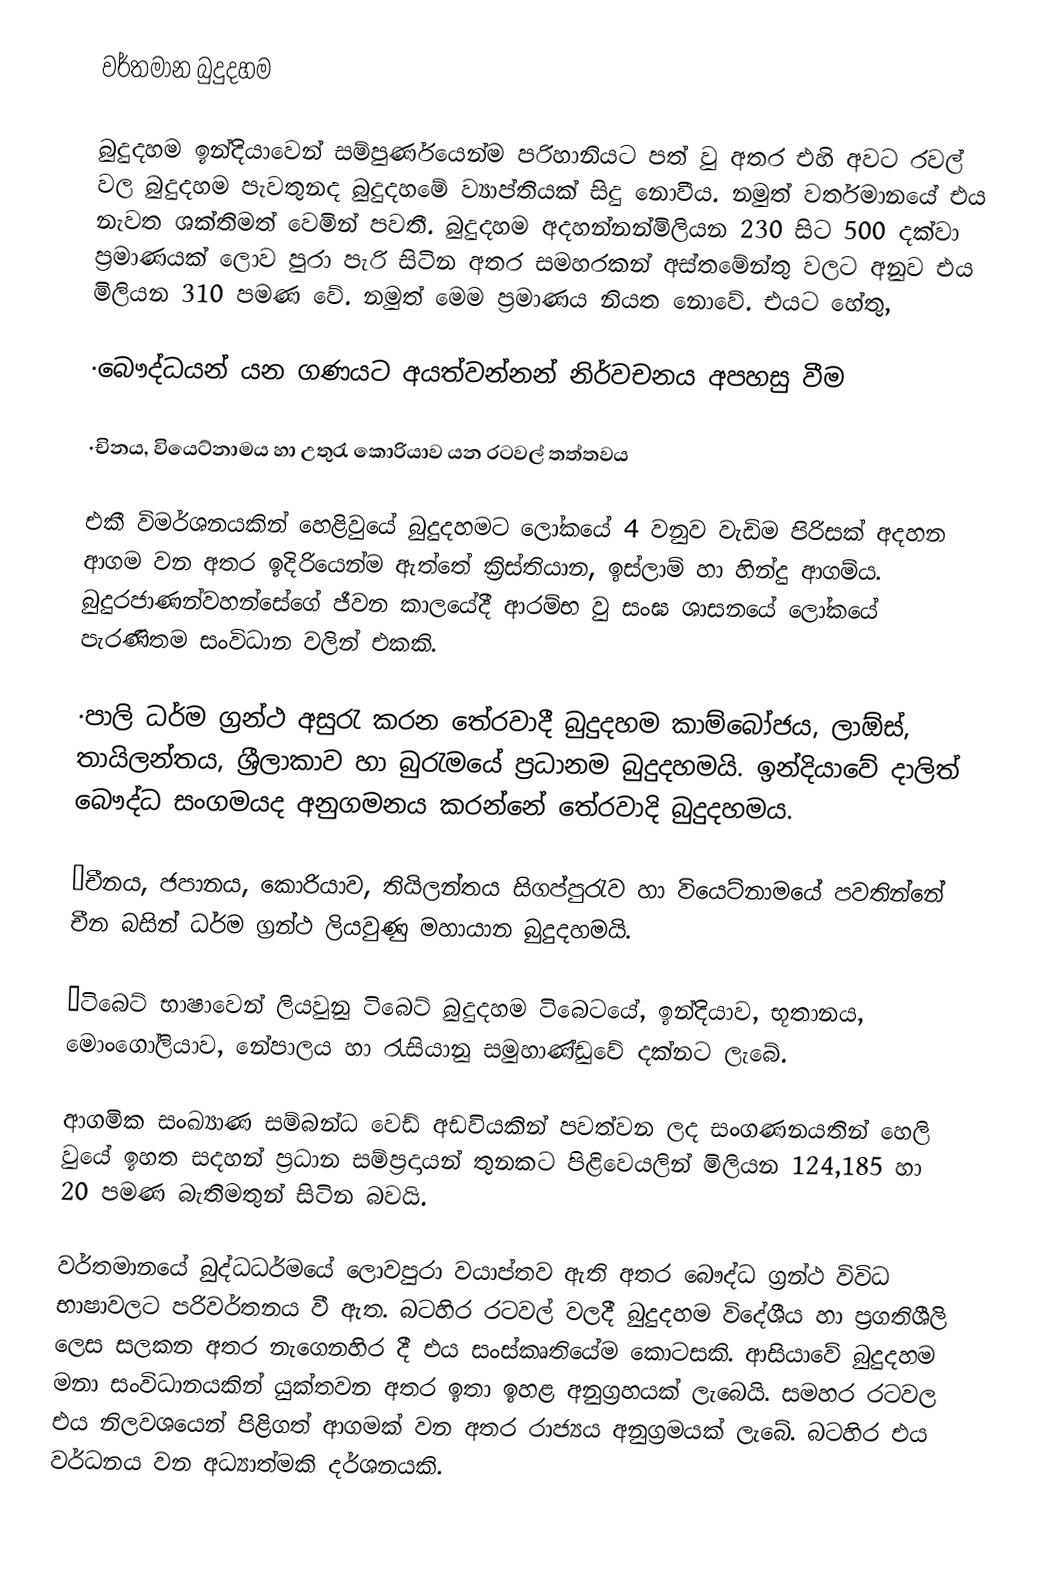
වර්තමාන බුදුදහම

බුදුදහම ඉන්දියාවෙන් සම්පුර්ණයෙන්ම පරිහානියට පත් වු අතර එහි අවට රවල් වල බුදුදහම පැවතුනද බුදුදහමේ ව්‍යාප්තියක් සිදු නොවීය. නමුත් වර්තමානයේ එය  නැවත ශක්තිමත් වෙමින් පවතී. බුදුදහම අදහන්නන්මිලියන 230 සිට 500 දක්වා ප්‍රමාණයක් ලොව පුරා පැරි සිටින අතර සමහරකන් අස්තමේන්තු වලට අනුව එය මිලියන 310 පමණ වේ. නමුත් මෙම ප්‍රමාණය නියත නොවේ. එයට හේතු,

·බෞද්ධයන් යන ගණයට අයත්වන්නන් නිර්වචනය අපහසු වීම

·චිනය, වියෙට්නාමය හා උතුරැ කොරියාව යන රටවල් තත්තවය

එකී විමර්ශනයකින් හෙළිවුයේ බුදුදහමට ලෝකයේ 4 වනුව වැඩිම පිරිසක් අදහන ආගම වන අතර ඉදිරියෙන්ම ඇත්තේ ක්‍රිස්තියාන, ඉස්ලාම් හා හින්දු ආගම්ය. බුදුරජාණන්වහන්සේගේ ජීවන කාලයේදී ආරම්භ වු සංඝ ශාසනයේ ලෝකයේ පැරණිතම සංවිධාන වලින් එකකි.

·පාලි ධර්ම ග්‍රන්ථ අසුරැ කරන තේරවාදී බුදුදහ‍ම කාම්බෝජය, ලාඕස්, තායිලන්තය, ශ්‍රීලාකාව හා බුරැමයේ ප්‍රධානම බුදුදහමයි. ඉන්දියාවේ දාලිත් බෞද්ධ සංගමයද අනුගමනය කරන්නේ තේරවාදි බුදුදහමය.

·චීනය, ජපානය, කොරියාව, තියිලන්තය සිගප්පුරැව හා වියෙට්නාමයේ පවතින්නේ චීන බසින් ධර්ම ග්‍රන්ථ ලියවුණු මහායාන බුදුදහමයි.

·ටිබෙට් භාෂාවෙන් ලියවුනු ටිබෙට් බුදුදහම ටිබෙටයේ, ඉන්දියාව, භූතානය, මොංගෝලියාව, නේපාලය හා රැසියානු සමුහාණ්ඩුවේ දක්නට ලැබේ.

ආගමික සංඛ්‍යාණ සම්බන්ධ වෙඩ් අඩවියකින් පවත්වන ලද සංගණනයතින් හෙලි වුයේ ඉහත සදහන් ප්‍රධාන සම්ප්‍රදායන් තුනකට පිළිවෙයලින් මිලියන 124,185 හා 20 පමණ බැතිමතුන් සිටින බවයි.

වර්තමානයේ බුද්ධධර්මයේ ලොවපුරා වයාප්තව ඇති අතර බෞද්ධ ග්‍රන්ථ විවිධ භාෂාවලට පරිවර්තනය වී ඇත. බටහිර රටවල් වලදී බුදුදහම විදේශීය හා ප්‍රගතිශීලි ලෙස සලකන අතර නැ‍ගෙනහිර දී එය සංස්කෘතියේම කොටසකි. ආසියාවේ බුදුදහම මනා සංවිධානයකින් යුක්තවන අතර ඉතා ඉහළ අනුග්‍රහයක් ලැබෙයි. සමහර රටවල එය නිලවශයෙන් පිළිගත් ආගමක් වන අතර රාජ්‍යය අනුග්‍රමයක් ලැබේ. බටහිර එය වර්ධනය වන අධ්‍යාත්මකි දර්ශනයකි.